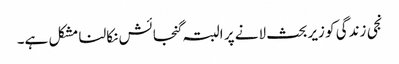
نجی زندگی کو زیربحث لانے پر البتہ گنجائش نکالنا مشکل ہے۔